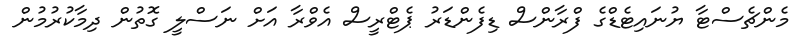
މެންޗެސްޓާ ޔުނައިޓެޑްގެ ފްރާންސް ޑިފެންޑަރު ޕެޓްރީސް އެވްރާ އަށް ނަސްލީ ގޮތުން ދިމާކުރުމުން